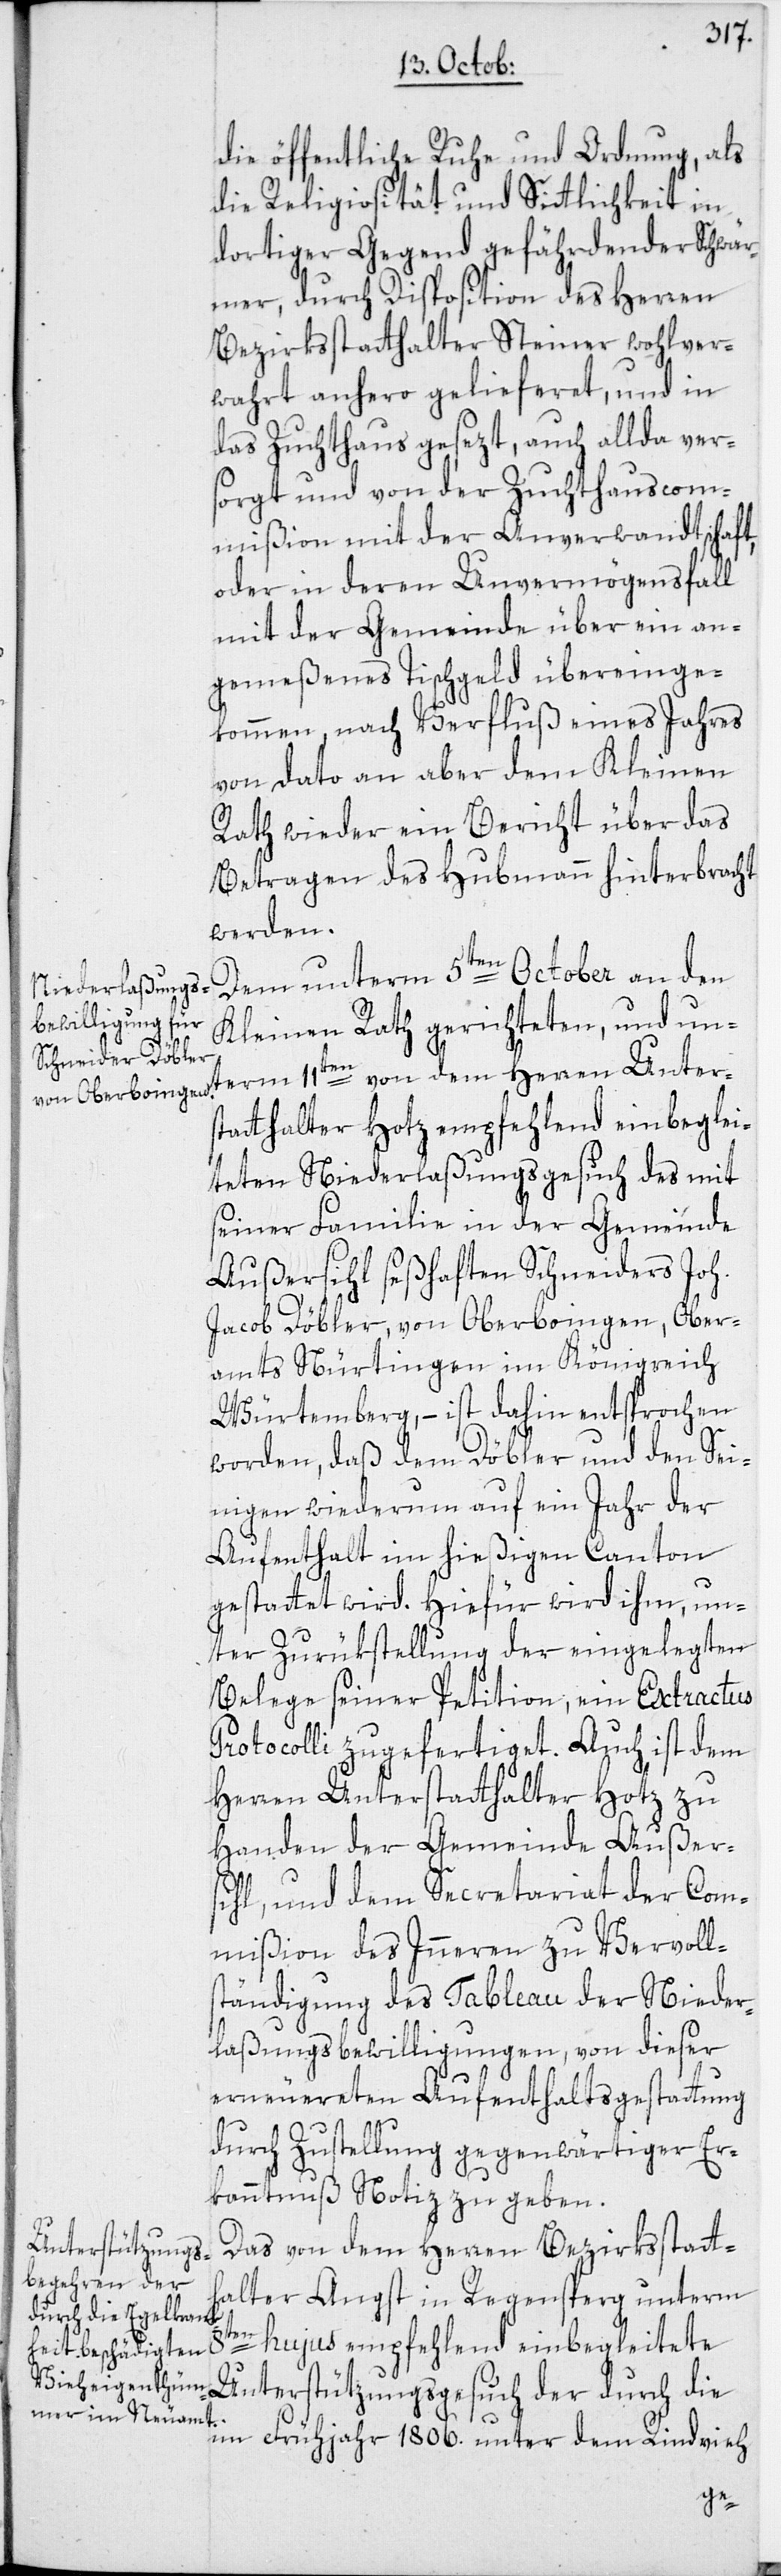
die öffentliche Ruhe und Ordnung, als
die Religiosität und Sittlichkeit in
dortiger Gegend gefährdender Schwär¬
mer, durch Disposition des Herren
Bezirksstatthalter Steiner wohlver¬
wahrt anhero gelieferet, und in
das Zuchthaus gesezt, auch allda ver¬
sorgt und von der Zuchthauscom¬
mißion mit der Anverwandtschaft,
oder in deren Unvermögensfall
mit der Gemeinde über ein an¬
gemeßenes Tischgeld übereinge¬
kommen, nach Verfluß eines Jahres
von dato an aber dem Kleinen
Rath wieder ein Bericht über das
Betragen des Hubmann hinterbracht
werden.
Dem unterm 5ten October an den
Kleinen Rath gerichteten, und un¬
tatthalter Hotz empfehlend einbeglei¬
teten Niederlaßungsgesuch des mit
seiner Familie in der Gemeinde
Außersihl seßhaften Schneiders Joh.
Jacob Döbler, von Oberboingen, Ober¬
amts Nürtingen im Königreich
Würtemberg, – ist dahin entsprochen
worden, daß dem Döbler und den Sei¬
nigen wiederum auf ein Jahr der
Aufenthalt im hießigen Canton
gestattet wird. Hiefür wird ihm, un¬
ter Zurükstellung der eingelegten
Belege seiner Petition, ein Extractus
Protocolli zugefertiget. Auch ist dem
Herren Unterstatthalter Hotz zu
Handen der Gemeinde Außers¬
ihl und dem Secretariat der Com¬
mißion des Inneren zu Vervolls¬
tändigung des Tableau der Nieder¬
laßungsbewilligungen, von dieser
erneuereten Aufenthaltsgestattung
durch Zustellung gegenwärtiger Er¬
kanntnuß Notiz zu geben.
Das von dem Herren Bezirksstatt¬
halter Angst in Regensperg unterm
8ten
hujus empfehlend einbegleitete
Unterstützungsgesuch der durch die
im Frühjahr 1806. unter dem Rindvieh